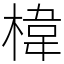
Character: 椲